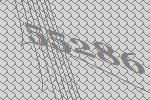
55286